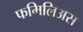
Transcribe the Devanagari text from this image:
फमिलिअस